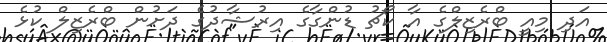
އަދި މިއީ ބްރެޒިލްގެ އާ ކޯޗު ޑުންގާގެ އިރުޝާދުގެ ދަށުން ބްރެޒިލް ކުޅެ